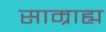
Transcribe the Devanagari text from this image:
साम्राह्य